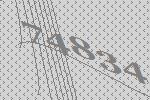
74834